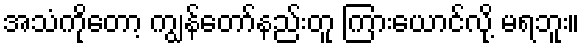
အသံကိုတော့ ကျွန်တော်နည်းတူ ကြားယောင်လို့ မရဘူး။